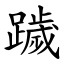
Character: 䠩